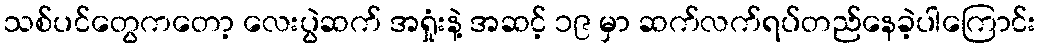
သစ်ပင်တွေကတော့ လေးပွဲဆက် အရှုံးနဲ့ အဆင့် ၁၉ မှာ ဆက်လက်ရပ်တည်နေခဲ့ပါကြောင်း